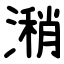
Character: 潲